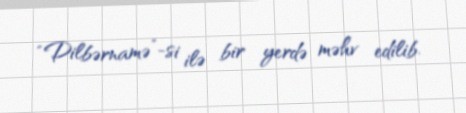
“Dilbərnamə”-si ilə bir yerdə məhv edilib.